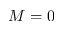
M = 0